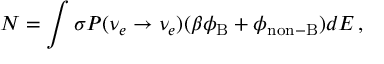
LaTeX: N = \int \sigma P ( \nu _ { e } \to \nu _ { e } ) ( \beta \phi _ { \mathrm { B } } + \phi _ { \mathrm { n o n { - } B } } ) d E \, ,